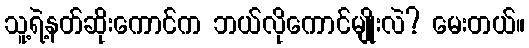
သူ့ရဲ့နတ်ဆိုးကောင်က ဘယ်လိုကောင်မျိုးလဲ? မေးတယ်။